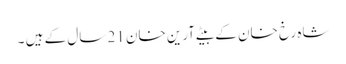
شاہ رخ خان کے بیٹے آرین خان 21 سال کے ہیں ۔